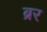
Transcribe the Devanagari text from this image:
ब्रर